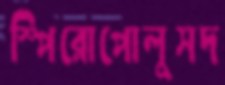
স্পিরোপোলুসদ